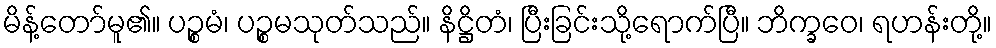
မိန့်တော်မူ၏။ ပဉ္စမံ၊ ပဉ္စမသုတ်သည်။ နိဋ္ဌိတံ၊ ပြီးခြင်းသို့ရောက်ပြီ။ ဘိက္ခဝေ၊ ရဟန်းတို့။